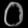
Digit: ၀